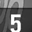
Digit: 5